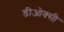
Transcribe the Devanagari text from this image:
डीओक्सी